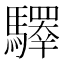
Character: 𩦯